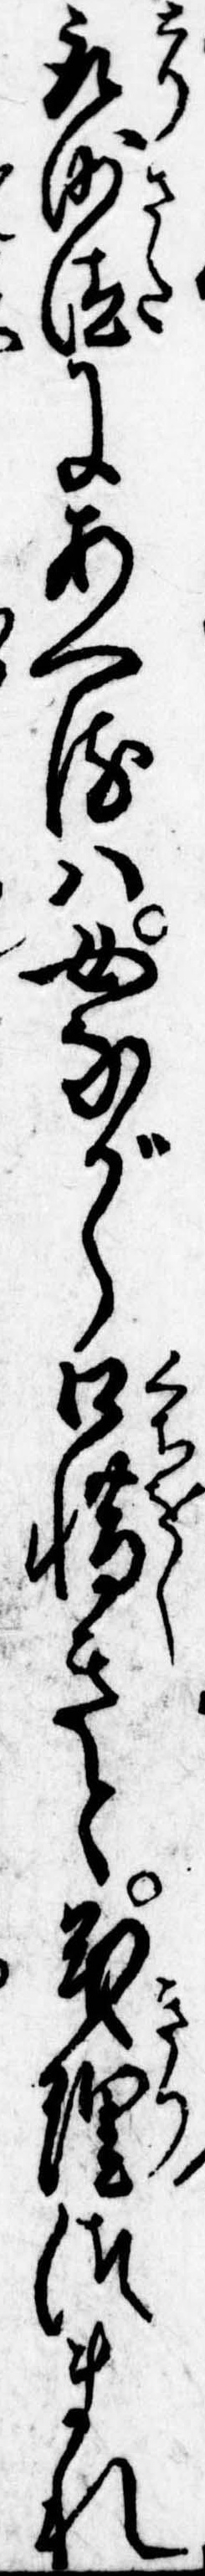
取沙汰にあへるは女ながら口惜きと義理つまれ